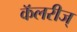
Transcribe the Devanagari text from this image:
कॅलरीज्‌